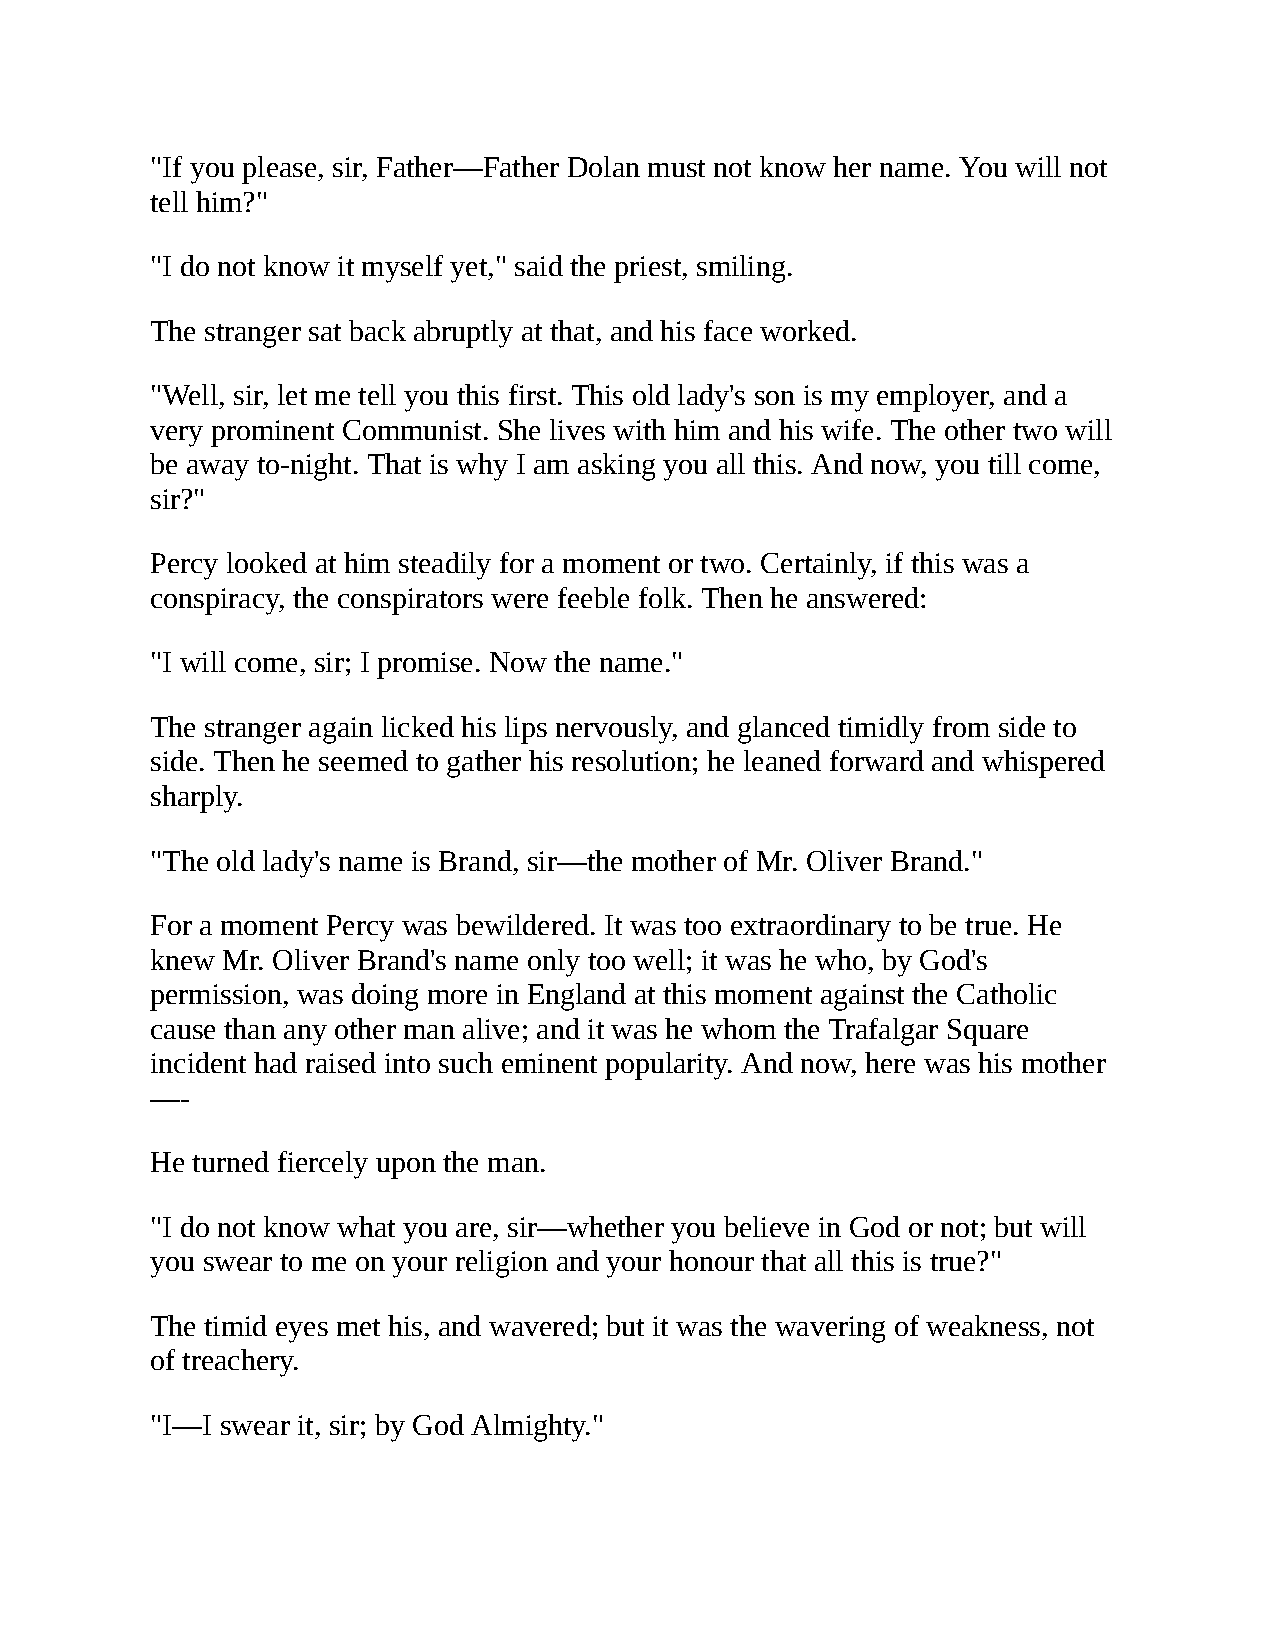
"If you please, sir, Father—Father Dolan must not know her name. You will not
 tell him?"
 "I do not know it myself yet," said the priest, smiling.
 The stranger sat back abruptly at that, and his face worked.
 "Well, sir, let me tell you this first. This old lady's son is my employer, and a
 very prominent Communist. She lives with him and his wife. The other two will
 be away to-night. That is why I am asking you all this. And now, you till come,
 sir?"
 Percy looked at him steadily for a moment or two. Certainly, if this was a
 conspiracy, the conspirators were feeble folk. Then he answered:
 "I will come, sir; I promise. Now the name."
 The stranger again licked his lips nervously, and glanced timidly from side to
 side. Then he seemed to gather his resolution; he leaned forward and whispered
 sharply.
 "The old lady's name is Brand, sir—the mother of Mr. Oliver Brand."
 For a moment Percy was bewildered. It was too extraordinary to be true. He
 knew Mr. Oliver Brand's name only too well; it was he who, by God's
 permission, was doing more in England at this moment against the Catholic
 cause than any other man alive; and it was he whom the Trafalgar Square
 incident had raised into such eminent popularity. And now, here was his mother
 —-
 He turned fiercely upon the man.
 "I do not know what you are, sir—whether you believe in God or not; but will
 you swear to me on your religion and your honour that all this is true?"
 The timid eyes met his, and wavered; but it was the wavering of weakness, not
 of treachery.
 "I—I swear it, sir; by God Almighty."